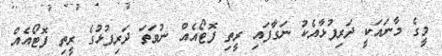
މީގެ މާނައަކީ ދަރިފުޅާއެކު ނަގާފައި ރީތި ފޮޓޯއެއް ނުވަތަ ދަރިފުޅުގެ ރީތި ފޮޓޯއެއް